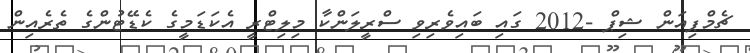
ޗެމްޕިއަން ޝިޕް -2012 ގައި ބައިވެރިވި ސްރީލަންކާ މިލިޓްރީ އެކަޑަމީގެ ކެޑޭޓުންގެ ތެރެއިން